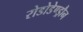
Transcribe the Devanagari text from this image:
रोडोडेण्ड्रौन